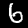
Digit: 6